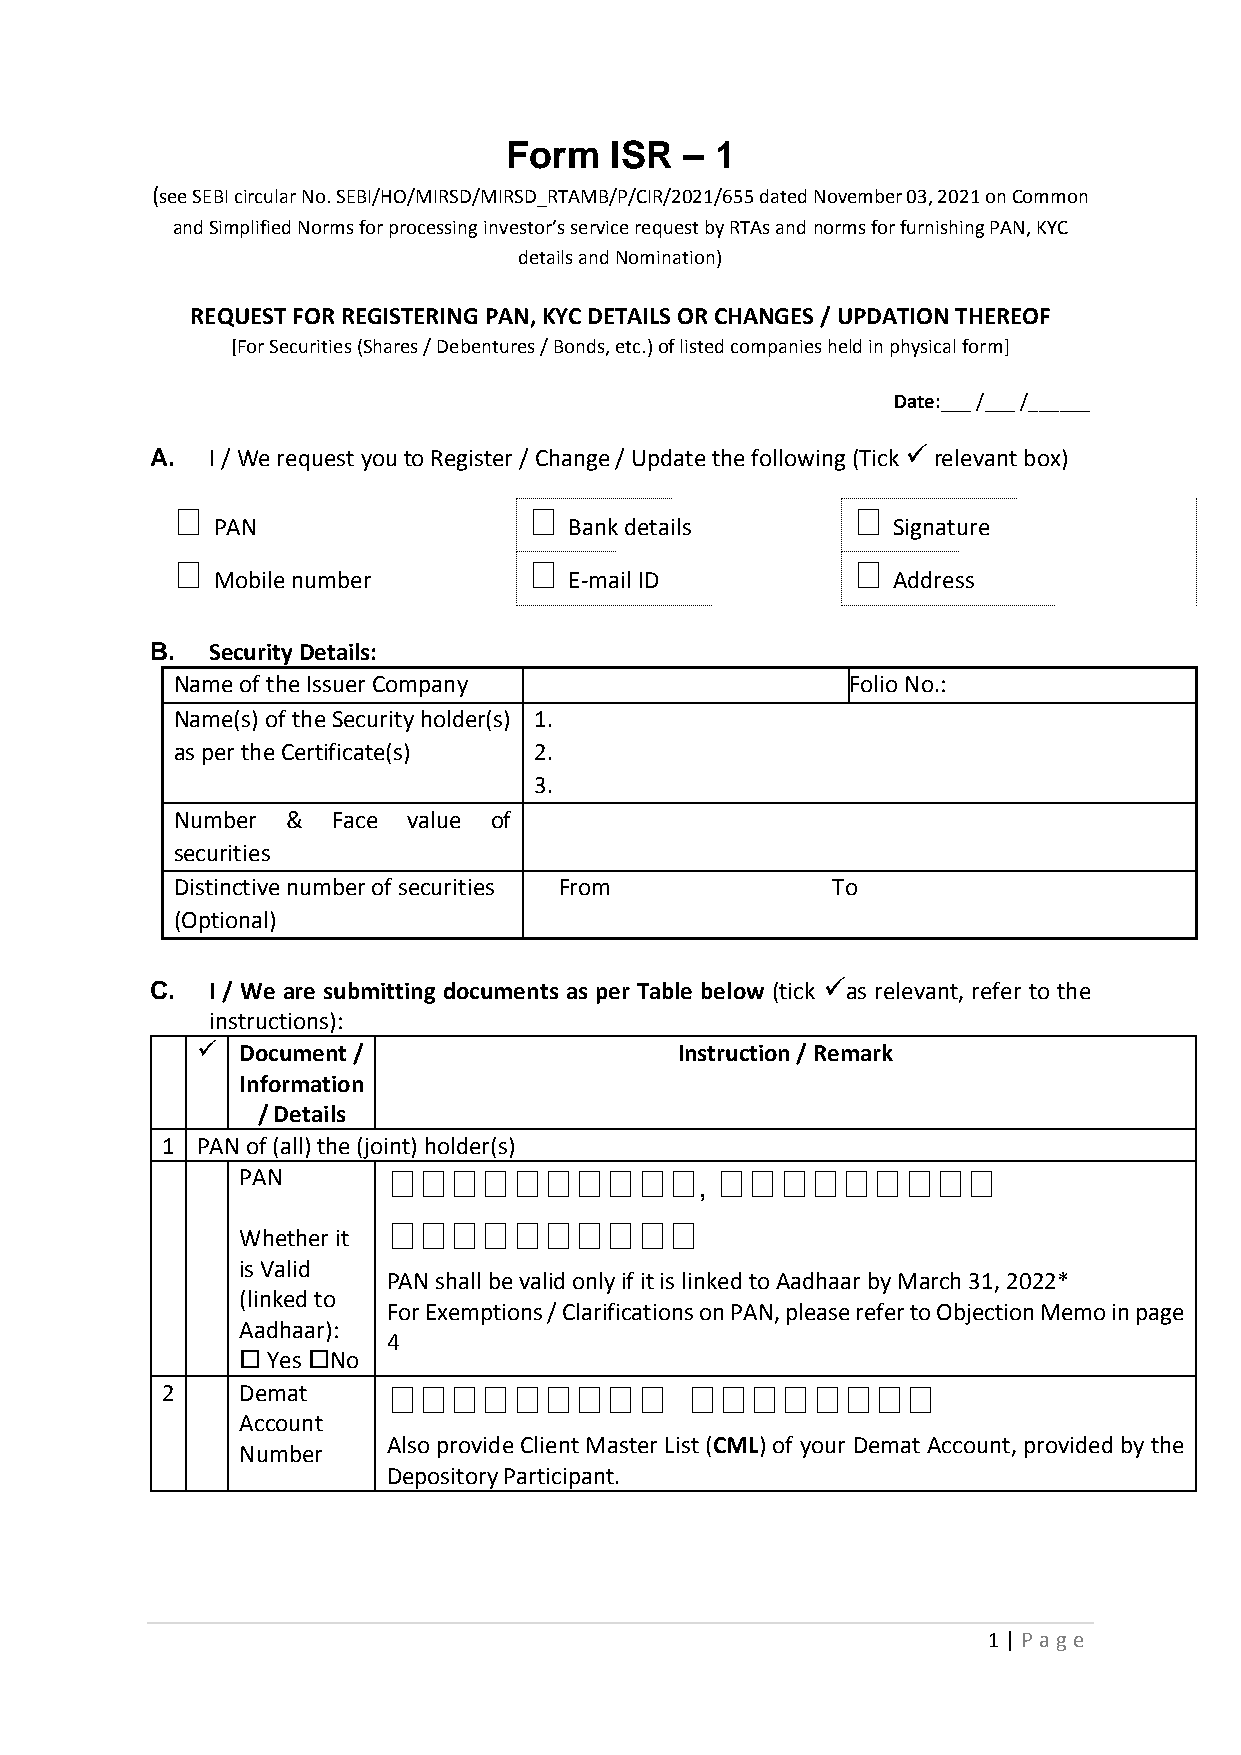
Form   ISR  – 1
 (see SEBI circular No. SEBI/HO/MIRSD/MIRSD_RTAMB/P/CIR/2021/655 dated November 03, 2021 on Common
 and Simplified Norms for processing investor’s service request by RTAs and norms for furnishing PAN, KYC
 details and Nomination)
 REQUEST FOR REGISTERING PAN, KYC DETAILS OR CHANGES / UPDATION THEREOF
 [For Securities (Shares / Debentures / Bonds, etc.) of listed companies held in physical form]
 Date:___ /___ /______
 A.  I / We request you to Register / Change / Update the following (Tick  relevant box)
 󠄀                       󠄀                    󠄀
 PAN                     Bank details         Signature
 󠄀                       󠄀                    󠄀
 Mobile number           E-mail ID            Address
 B.  Security Details:
 Name of the Issuer Company                   F o l i o N o.:
 Name(s) of the Security holder(s) 1.
 as per the Certificate(s) 2.
 3.
 Number  &  Face value of
 securities
 Distinctive number of securities From       To
 (Optional)
 C.  I / We are submitting documents as per Table below (tick as relevant, refer to the
 instructions):
 Document /                    Instruction / Remark
 Information
 / Details
 1 PAN of (all) the (joint) holder(s)
 PAN       󠄀󠄀󠄀󠄀󠄀󠄀󠄀󠄀󠄀󠄀, 󠄀󠄀󠄀󠄀󠄀󠄀󠄀󠄀󠄀󠄀
 󠄀󠄀󠄀󠄀󠄀󠄀󠄀󠄀󠄀󠄀
 Whether it
 is Valid
 PAN shall be valid only if it is linked to Aadhaar by March 31, 2022*
 (linked to
 For Exemptions / Clarifications on PAN, please refer to Objection Memo in page
 Aadhaar):
 4
  Yes No
 2    Demat     󠄀󠄀󠄀󠄀󠄀󠄀󠄀󠄀󠄀           󠄀󠄀󠄀󠄀󠄀󠄀󠄀󠄀󠄀
 Account
 Also provide Client Master List (CML) of your Demat Account, provided by the
 Number
 Depository Participant.
 1 | P age